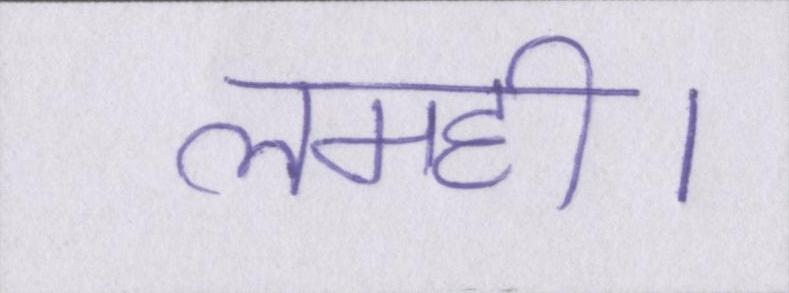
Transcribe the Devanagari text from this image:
लमही।